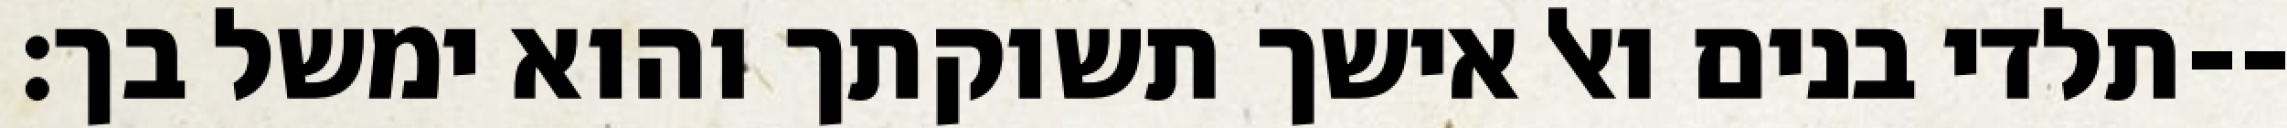
תלדי בנים ואל אישך תשוקתך והוא ימשל בך׃--